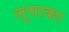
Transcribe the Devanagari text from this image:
लूसाका